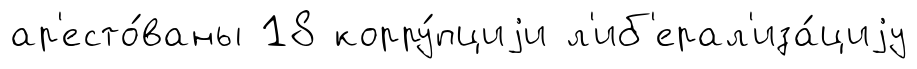
ар'есто́ваны 18 корру́пциjи л'иб'ерал'иза́циjу